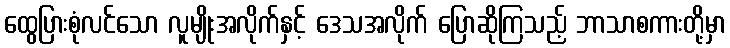
ထွေပြားစုံလင်သော လူမျိုးအလိုက်နှင့် ဒေသအလိုက် ပြောဆိုကြသည့် ဘာသာစကားတို့မှာ